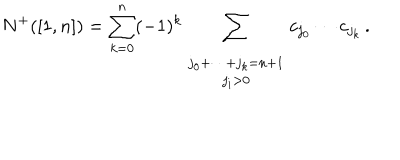
N ^ { + } ( [ 1 , n ] ) = \sum _ { k = 0 } ^ { n } ( - 1 ) ^ { k } \sum _ { \begin{array} { c } { { \scriptstyle j _ { 0 } + \dots + j _ { k } = n + 1 } } \\ { { \scriptstyle j _ { i } > 0 } } \\ \end{array} } c _ { j _ { 0 } } \cdots c _ { j _ { k } } \, .